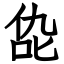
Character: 㖌